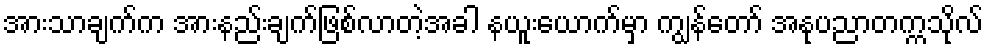
အားသာချက်က အားနည်းချက်ဖြစ်လာတဲ့အခါ နယူးယောက်မှာ ကျွန်တော် အနုပညာတက္ကသိုလ်